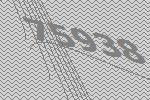
75938